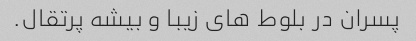
پسران در بلوط های زیبا و بیشه پرتقال.